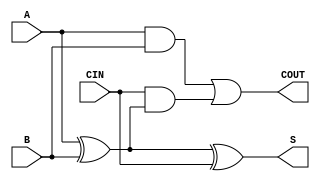
`timescale 1ns / 1ps
//////////////////////////////////////////////////////////////////////////////////
// Company: 
// Engineer: 
// 
// Design Name: 
// Module Name: one_bit
// Project Name: 
// Target Devices: 
// Tool Versions: 
// Description: 
// 
// Dependencies: 
// 
// Revision:
// Revision 0.01 - File Created
// Additional Comments:
// 
//////////////////////////////////////////////////////////////////////////////////


module one_bit(
    input A,
    input B,
    input CIN,
    output S,
    output COUT
    );
    
    assign S = A ^ B ^ CIN;
    assign COUT = (A & B) | (CIN & (A ^ B));
endmodule